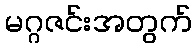
မဂ္ဂဇင်းအတွက်